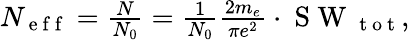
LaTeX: \begin{array}{r}{N_{\mathrm{~e~f~f~}}=\frac{N}{N_{0}}=\frac{1}{N_{0}}\frac{2m_{e}}{\pi e^{2}}\cdot\mathrm{~S~W~}_{\mathrm{~t~o~t~}},}\end{array}